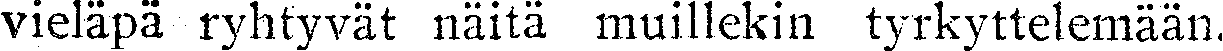
vieläpä ryhtyvät näitä muillekin tyrkyttelemään.